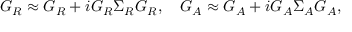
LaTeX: { \cal G } _ { R } \approx G _ { R } + i G _ { R } \Sigma _ { R } G _ { R } , ~ ~ ~ { \cal G } _ { A } \approx G _ { A } + i G _ { A } \Sigma _ { A } G _ { A } ,